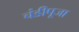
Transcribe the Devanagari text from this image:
चंडीपूजा